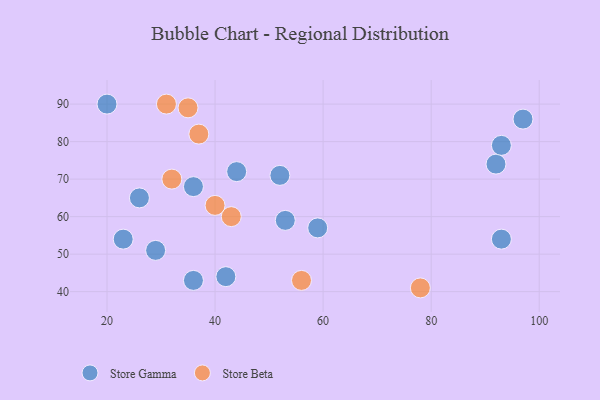
{"axis": {"x": "GDP", "y": "Life Expectancy"}, "legend": ["Store Beta", "Store Gamma"], "data": [{"x": "52", "y": 71, "type": "Store Gamma"}, {"x": "36", "y": 68, "type": "Store Gamma"}, {"x": "26", "y": 65, "type": "Store Gamma"}, {"x": "23", "y": 54, "type": "Store Gamma"}, {"x": "36", "y": 43, "type": "Store Gamma"}, {"x": "29", "y": 51, "type": "Store Gamma"}, {"x": "92", "y": 74, "type": "Store Gamma"}, {"x": "53", "y": 59, "type": "Store Gamma"}, {"x": "93", "y": 79, "type": "Store Gamma"}, {"x": "93", "y": 54, "type": "Store Gamma"}, {"x": "59", "y": 57, "type": "Store Gamma"}, {"x": "20", "y": 90, "type": "Store Gamma"}, {"x": "42", "y": 44, "type": "Store Gamma"}, {"x": "97", "y": 86, "type": "Store Gamma"}, {"x": "44", "y": 72, "type": "Store Gamma"}, {"x": "43", "y": 60, "type": "Store Beta"}, {"x": "56", "y": 43, "type": "Store Beta"}, {"x": "35", "y": 89, "type": "Store Beta"}, {"x": "31", "y": 90, "type": "Store Beta"}, {"x": "40", "y": 63, "type": "Store Beta"}, {"x": "37", "y": 82, "type": "Store Beta"}, {"x": "78", "y": 41, "type": "Store Beta"}, {"x": "32", "y": 70, "type": "Store Beta"}]}